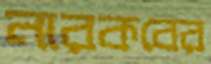
নারকবের